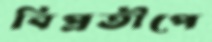
বিপ্রতীপে